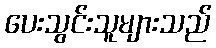
ပေးသွင်းသူများသည်